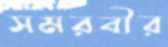
সমরবীর